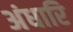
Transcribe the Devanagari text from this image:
अंधारि